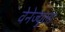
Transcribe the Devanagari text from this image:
वेनेज्युला